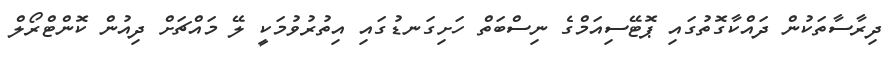
ދިރާސާތަކުން ދައްކާގޮތުގައި ޕޮޓޭސިއަމްގެ ނިސްބަތް ހަށިގަނޑުގައި އިތުރުވުމަކީ ލޭ މައްޗަށް ދިއުން ކޮންޓްރޯލް